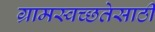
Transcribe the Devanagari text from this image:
ग्रामस्वच्छतेसाठी